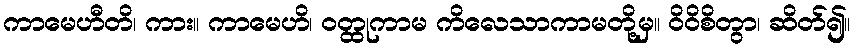
ကာမေဟီတိ၊ ကား။ ကာမေဟိ၊ ဝတ္ထုကာမ ကိလေသာကာမတို့မှ။ ဝိဝိစိတွာ၊ ဆိတ်၍။